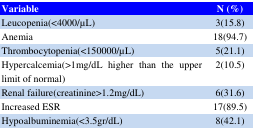
| Variable | N (%) |
 | --- | --- |
 | Leucopenia(<4000/μL) | 3(15.8) |
 | Anemia | 18(94.7) |
 | Thrombocytopenia(<150000/μL) | 5(21.1) |
 | Hypercalcemia(>1mg/dL higher than the upper limit of normal) | 2(10.5) |
 | Renal failure(creatinine>1.2mg/dL) | 6(31.6) |
 | Increased ESR | 17(89.5) |
 | Hypoalbuminemia(<3.5gr/dL) | 8(42.1) |